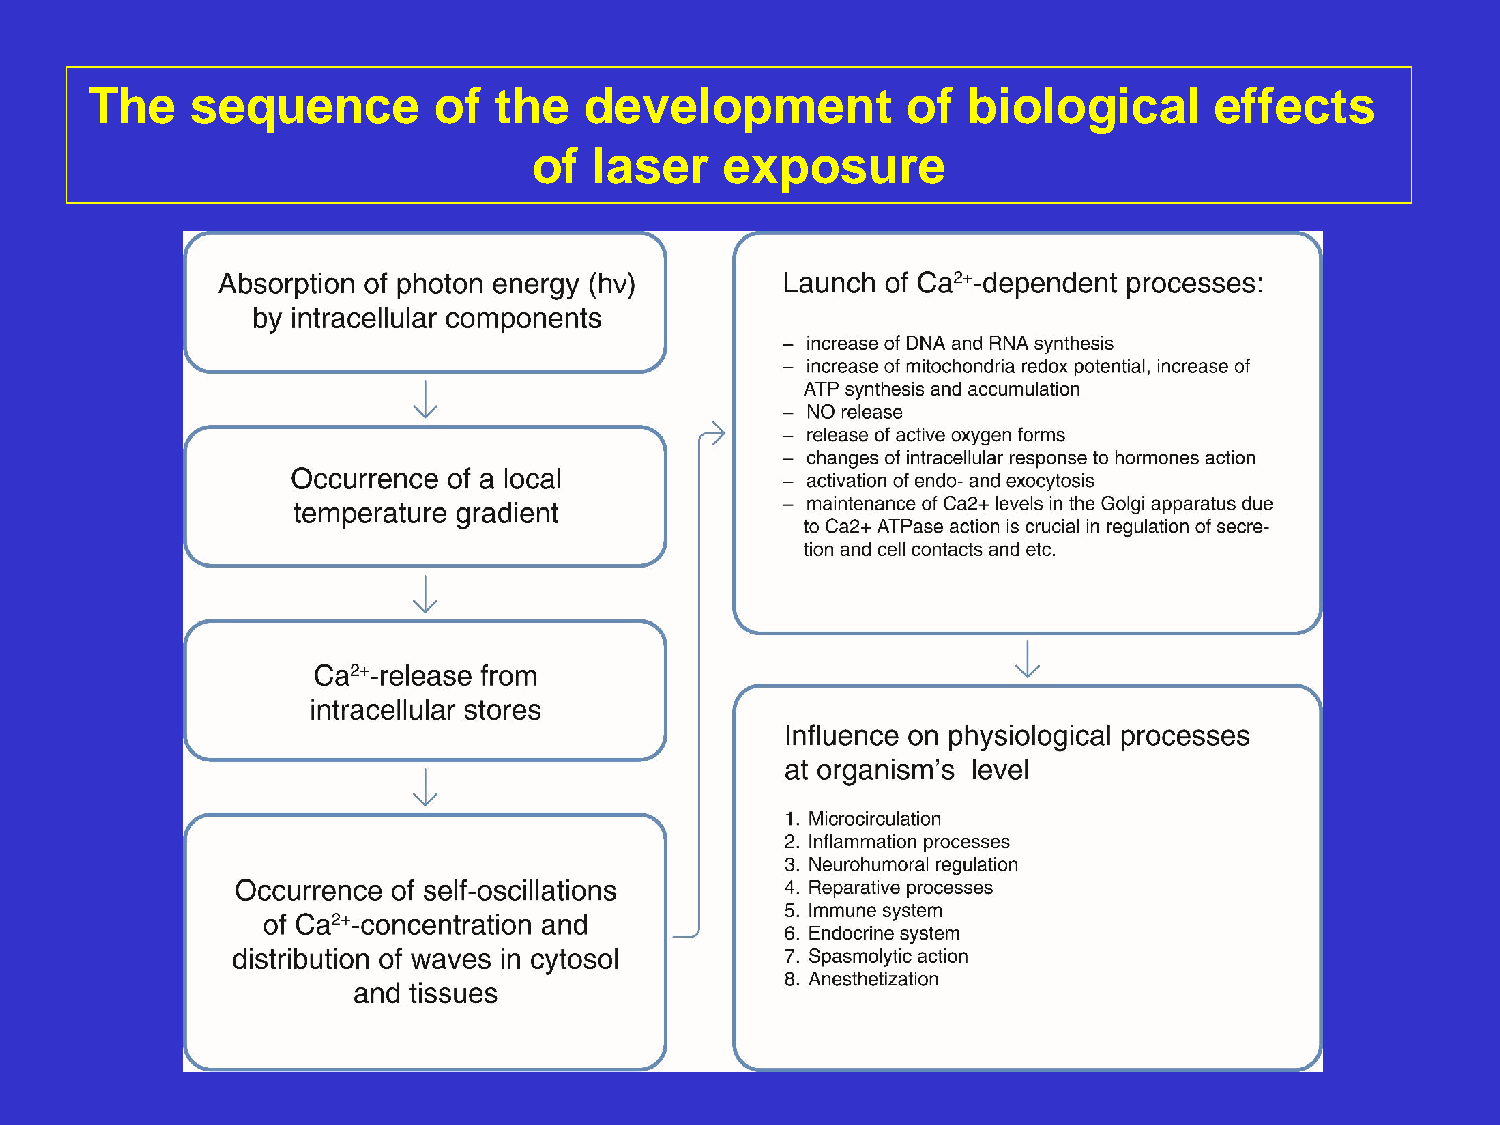
The    sequence        of  the   development          of  biological      effects
 of  laser    exposure